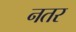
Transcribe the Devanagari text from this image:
नतर